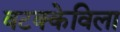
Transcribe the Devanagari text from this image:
वटक्केविला